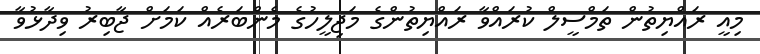
މިއީ ރައްޔިތުން ތަމްސީލް ކުރައްވާ ރައްޔިތުންގެ މަޖިލީހުގެ މެންބަރެއް ކަމަށް ޖާބިރު ވިދާޅުވާ